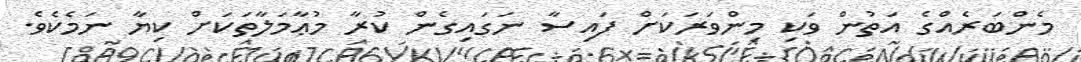
މެންބަރެއްގެ އަތުން ވަކި މިންވަރަކަށް ފައިސާ ނަގައިގެން ކުރާ މުޢާމަލާތަކަށް ކިޔާ ނަމެކެވެ.